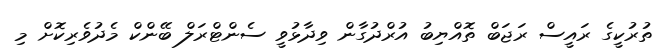
ތުރުކީގެ ރައީސް ރަޖަބް ތޮއްޔިބު އުރްދުގާން ވިދާޅުވީ ސެންޓްރަލް ބޭންކް މެދުވެރިކޮށް މި